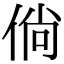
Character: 倘